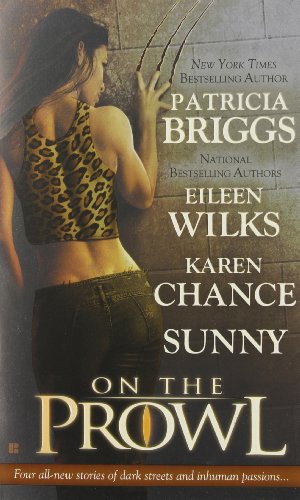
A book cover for On the Prowl; Patricia Briggs; Science Fiction & Fantasy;